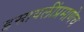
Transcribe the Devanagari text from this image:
इस्रायलींप्रमाणेच